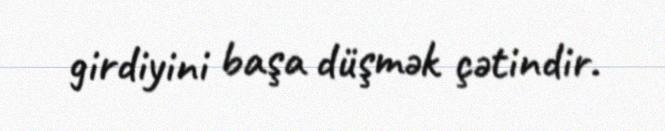
girdiyini başa düşmək çətindir.